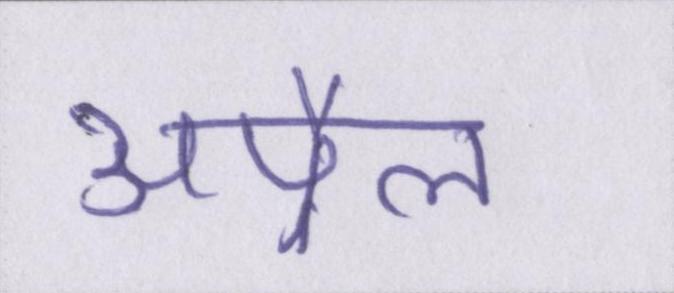
अप्रैल